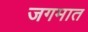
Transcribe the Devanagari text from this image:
जगमात